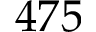
4 7 5